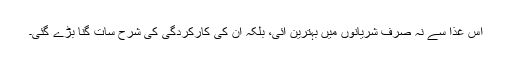
اس غذا سے نہ صرف شریانوں میں بہترین آئی، بلکہ ان کی کارکردگی کی شرح سات گنا بڑے گئی۔